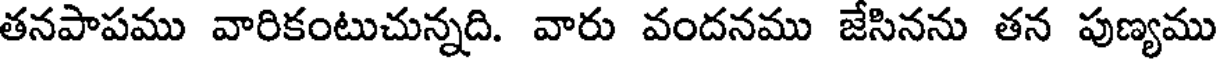
తనపాపము వారికంటుచున్నది. వారు వందనము జేసినను తన పుణ్యము